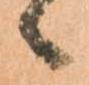
候